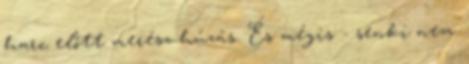
harc előtt merész húzás. És mégis - senki nem